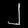
Digit: ၂